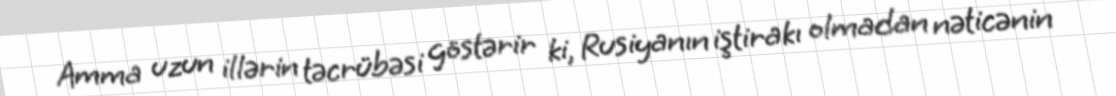
Amma uzun illərin təcrübəsi göstərir ki, Rusiyanın iştirakı olmadan nəticənin